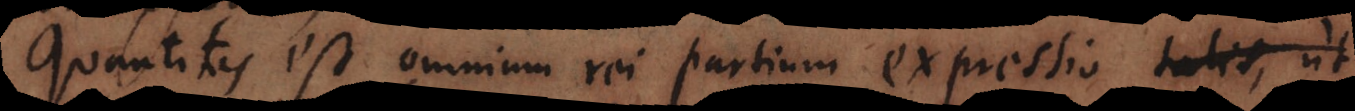
Quantitas est omnium rei partium expressiotalis, ut